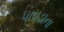
પાવડાના